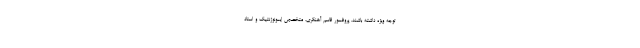
توجه ویژه داشته باشند. پروفسور قاسم آهنگری، متخصص ایمونوژنتیک و استاد